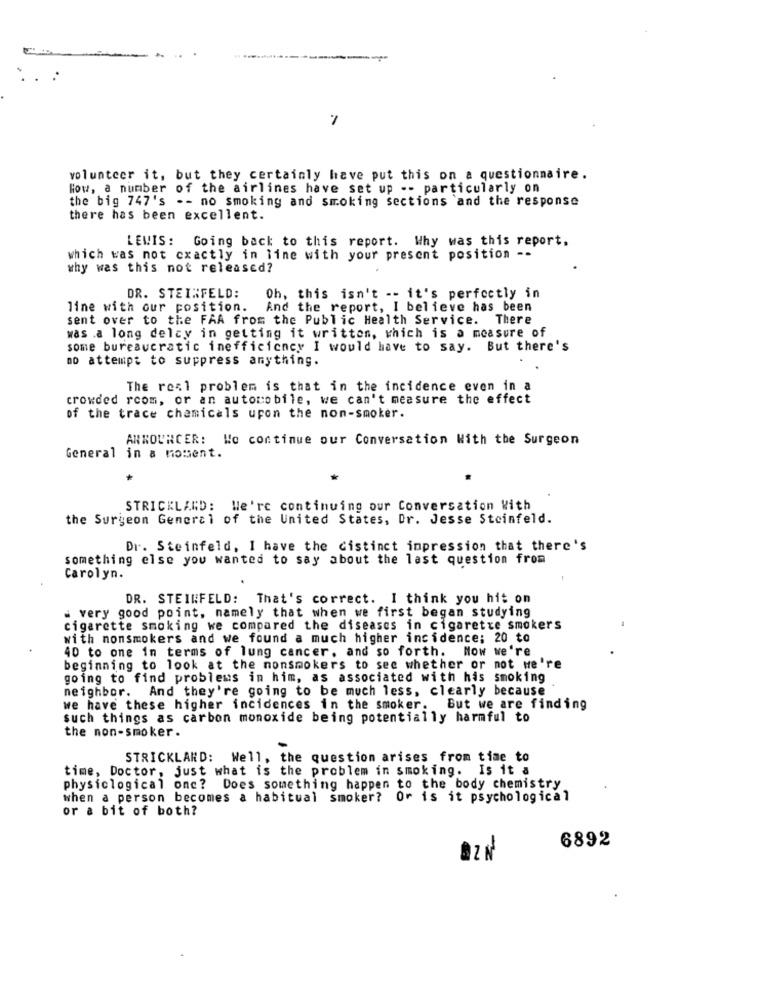
.. .
7
volunteer it, but they certainly have put this on a questionnaire.
How, a number of the airlines have set up -- particularly on
the big 747's -- no smoking and smoking sections and the response
there has been excellent.
LEWIS: Going back to this report. Why was this report.
which was not exactly in line with your present position --
why was this not released?
DR. STEINFELD:
Oh, this isn't -- it's perfectly in
line with our position.
And the report, I believe has been
sent over to the FAA from the Public Health Service. There
was .a long delcy in getting it written, which is a measure of
some bureaucratic inefficiency I would have to say. But there's
no attempt to suppress anything.
The real problem is that in the incidence even in a
crowded room, or an automobile, we can't measure the effect
of the trace chemicals upon the non-smoker.
ARKOURCER: We continue our Conversation With the Surgeon
General in a moment.
STRICKLAND: We're continuing our Conversation With
the Surgeon General of the United States, Dr. Jesse Steinfeld.
Dr. Steinfeld, I have the distinct impression that there's
something else you wanted to say about the last question from
Carolyn.
DR. STEINFELD: That's correct. I think you hit on
. very good point, namely that when we first began studying
cigarette smoking we compared the diseases in cigarette smokers
with nonsmokers and we found a much higher incidence; 20 to
40 to one in terms of lung cancer. and so forth. Now we're
beginning to look at the nonsmokers to see whether or not we're
going to find problems in him, as associated with his smoking
neighbor. And they're going to be much less, clearly because
we have these higher incidences in the smoker. But we are finding
such things as carbon monoxide being potentially harmful to
the non-smoker.
STRICKLAND: Well, the question arises from time to
time, Doctor, just what is the problem in smoking. Is it a
physiclogical one? Does something happen to the body chemistry
when a person becomes a habitual smoker? Or is it psychological
or a bit of both?
6892